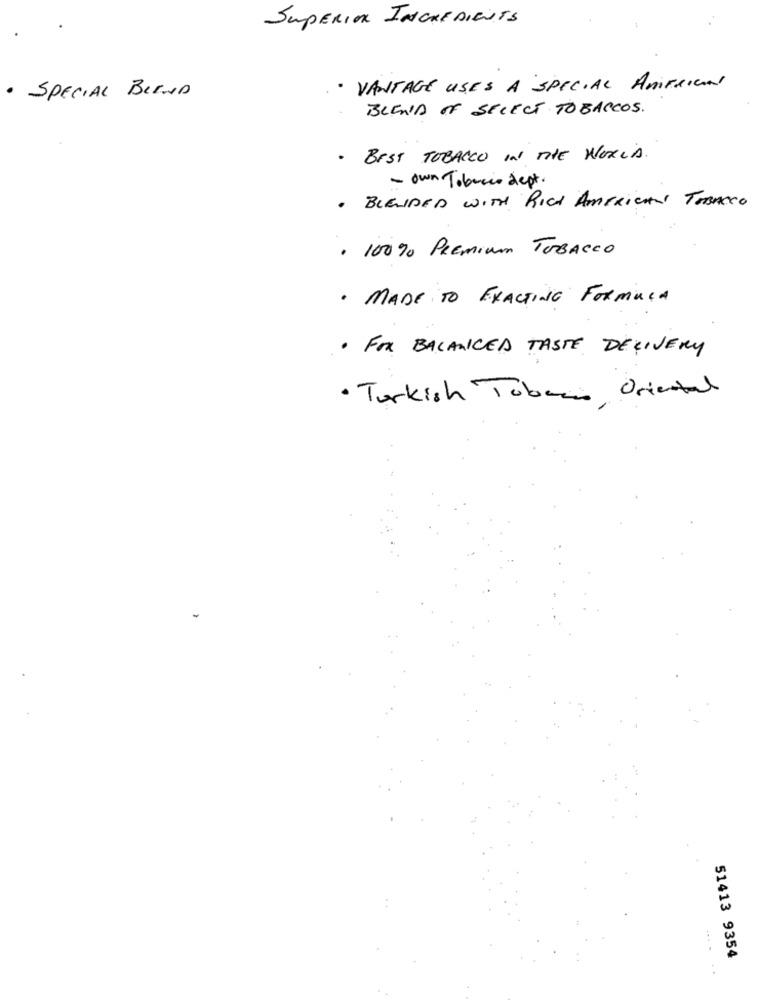
SUPERIOR INGREDIENTS
· VANTAGE USES A SPECIAL AMERICA
· SPECIAL BLEND
BLEND OF SELECT TOBACCOS.
· BEST TOBACCO IN THE WORLD.
- own Tobacco dept.
BLENDED WITH RICH AMERICAN TOBACCO
·
. 100% Premium TOBACCO
· MADE TO EXACTING FORMULA
· FOR BALANCED TASTE DELIVERY
· Turkish Tobacco, Oriental
51413 9354
.... ..